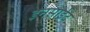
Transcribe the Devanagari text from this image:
इनसाईट